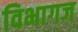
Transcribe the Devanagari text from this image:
विभागज